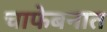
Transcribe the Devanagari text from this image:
चाफेबनात